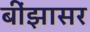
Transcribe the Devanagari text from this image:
बींझासर